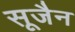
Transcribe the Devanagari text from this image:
सूजैन